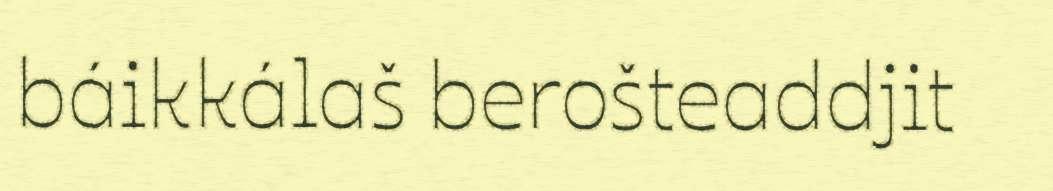
báikkálaš berošteaddjit